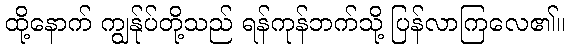
ထို့နောက် ကျွန်ုပ်တို့သည် ရန်ကုန်ဘက်သို့ ပြန်လာကြလေ၏။